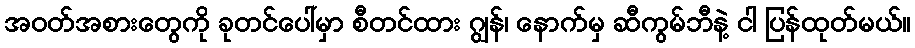
အဝတ်အစားတွေကို ခုတင်ပေါ်မှာ စီတင်ထား ဂျွန်၊ နောက်မှ ဆီကွမ်ဘီနဲ့ ငါ ပြန်ထုတ်မယ်။